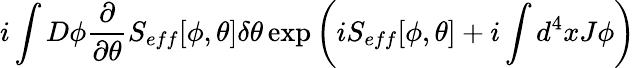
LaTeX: i\int D\phi\frac{\partial}{\partial\theta}S_{eff}[\phi,\theta]\delta\theta\exp\left(iS_{eff}[\phi,\theta]+i\int d^{4}xJ\phi\right)